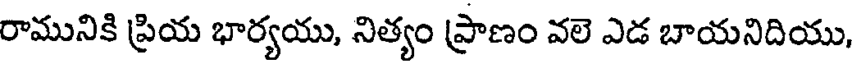
రామునికి ప్రియ భార్యయు, నిత్యం ప్రాణం వలె ఎడ బాయనిదియు,